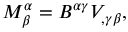
M _ { \beta } ^ { \alpha } = B ^ { \alpha \gamma } V _ { , \gamma \beta } ,